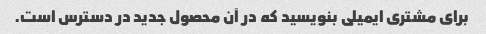
برای مشتری ایمیلی بنویسید که در آن محصول جدید در دسترس است.